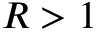
R > 1